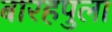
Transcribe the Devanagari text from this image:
बारहपुला